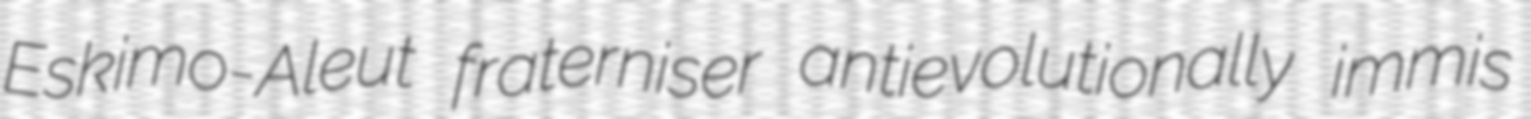
Eskimo-Aleut fraterniser antievolutionally immis